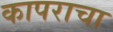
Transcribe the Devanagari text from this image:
कापराचा